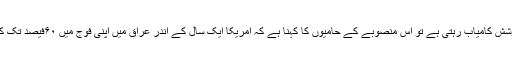
ج: اگر تربیتی کوشش کامیاب رہتی ہے تو اس منصوبے کے حامیوں کا کہنا ہے کہ امریکا ایک سال کے اندر عراق میں اپنی فوج میں ۶۰فیصد تک کمی کر سکتا ہے۔